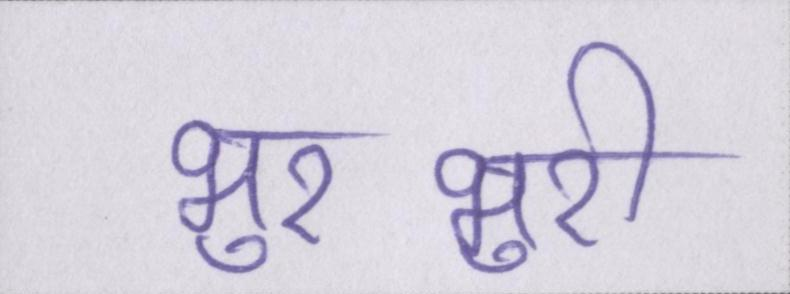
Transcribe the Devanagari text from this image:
भुरभुरी